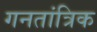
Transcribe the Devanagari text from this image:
गनतांत्रिक